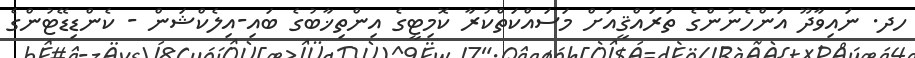
ހދ. ނައިވާދޫ އަންހެނުންގެ ތަރައްޤީއަށް މަސައްކަތްކުރާ ކޮމިޓީގެ އިންތިޚާބުގެ ބައި-އިލެކްޝަން - ކެންޑިޑޭޓުންގެ